Vaccination in the Punjab 1897-1904 - 1897-1904
Year: 1897
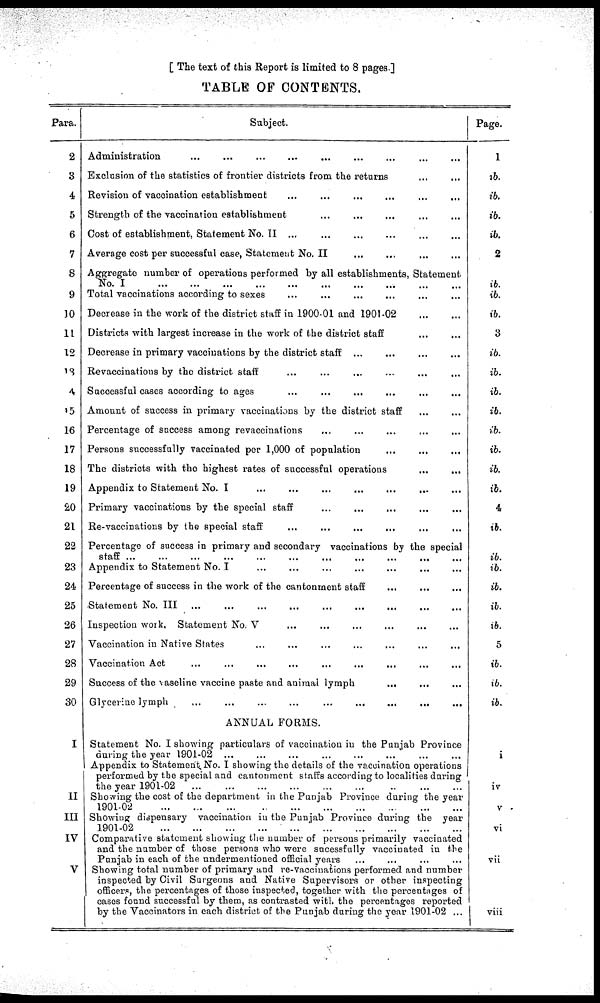
[ The text of this Report is limited to 8 pages.]
TABLE OF CONTENTS.
Para.
2
3
4
5
6
7
8
9
10
11
12
13
14
15
16
17
18
19
20
21
22
23
24
25
26
27
28
29
30
I
II
III
IV
V
Subject.
Administration ... ... ... ... ... ... ... ... ...
Exclusion of the statistics of frontier districts from the returns ... ...
Revision of vaccination establishment ... ... ... ... ... ...
Strength of the vaccination establishment ... ... ... ... ...
Cost of establishment, Statement No. II ... ... ... ... ... ...
Average cost per successful case, Statement No. II ... ... ... ...
Aggregate number of operations performed by all establishments, Statement
No. I ... ... ... ... ... ... ... ... ... ...
Total vaccinations according to sexes ... ... ... ... ... ...
Decrease in the work of the district staff in 1900-01 and 1901-02
...
...
Districts with largest increase in the work of the district staff ... ...
Decrease in primary vaccinations by the district staff ... ... ... ...
Revaccinations by the district staff ... ... ... ... ... ...
Successful cases according to ages ... ... ... ... ... ...
Amount of success in primary vaccinations by the district staff ... ...
Percentage of success among revaccinations
...
...
... ... ...
Persons successfully vaccinated per 1,000 of population ... ... ...
The districts with the highest rates of successful operations ... ...
Appendix to Statement No. I
...
...
...
...
...
... ...
Primary vaccinations by the special staff ... ... ... ... ...
Re-vaccinations by the special staff ... ... ... ... ... ...
Percentage of success in primary and secondary vaccinations by the special
staff
...
...
...
...
...
...
...
...
...
...
...
Appendix to Statement No. I ... ... ... ... ... ... ...
Percentage of success in the work of the cantonment staff ... ... ...
Statement No. III
...
...
...
...
...
...
...
...
...
Inspection work. Statement No. V ... ... ... ... ... ...
Vaccination in Native States ... ... ... ... ... ... ...
Vaccination Act
...
...
...
...
...
...
...
Success of the vaseline vaccine paste and animal lymph ... ... ...
Glycerine lymph ... ... ... ... ... ... ... ... ...
ANNUAL FORMS.
Statement No. I showing particulars of vaccination in the Punjab Province
during the year 1901-02 ... ... ... ... ... ... ... ...
Appendix to Statement No. I showing the details of the vaccination operations
performed by the special and cantonment staffs according to localities during
the year 1901-02 ... ... ... ... ... ... ... ... ...
Showing the cost of the department in the Punjab Province during the year
1901-02
...
...
...
...
...
...
...
...
...
Showing dispensary vaccination in the Punjab Province during the year
1901-02
...
...
...
...
...
...
...
...
...
...
Comparative statement showing the number of persons primarily vaccinated
and the number of those persons who were sucessfully vaccinated in the
Punjab in each of the undermentioned official years ... ... ... ...
Showing total number of primary and re-vaccinations performed and number
inspected by Civil Surgeons and Native Supervisors or other inspecting
officers, the percentages of those inspected, together with the percentages of
cases found successful by them, as contrasted with the percentages reported
by the Vaccinators in each district of the Punjab during the year 1901-02 ...
Page.
1
ib.
ib.
ib.
ib.
2
ib.
ib.
ib.
3
ib.
ib.
ib.
ib.
ib.
ib.
ib.
ib.
4
ib.
ib.
ib.
ib.
ib.
ib.
5
ib.
ib.
ib.
i
iv
v
vi
vii
viii